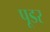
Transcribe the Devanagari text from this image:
पूडर